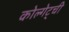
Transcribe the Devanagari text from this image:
कोल्गेट्ची